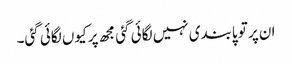
ان پر تو پابندی نہیں لگائی گئی مجھ پر کیوں لگائی گئی۔